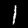
Digit: 1